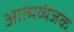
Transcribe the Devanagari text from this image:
आत्मव्यंजक